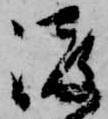
渡